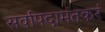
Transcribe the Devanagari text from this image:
सर्वापदामंतकरं